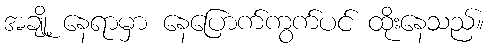
အချို့ နေရာမှာ နေပြောက်ကွက်ပင် ထိုးနေသည်။